Scottish Leaving Certificate Examination, 1959
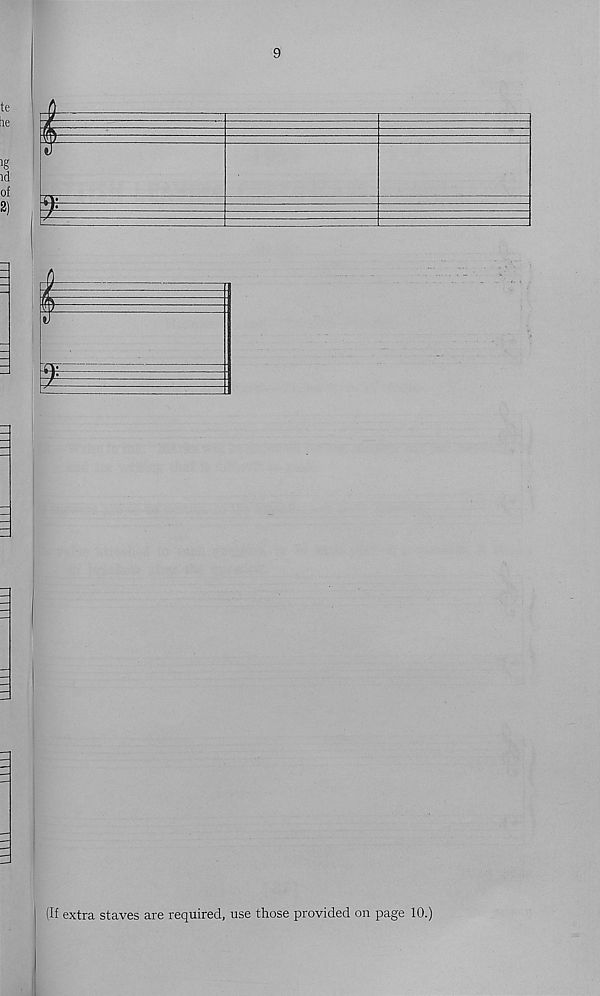
9
s
(If extra staves are required, use those provided on page 10.)